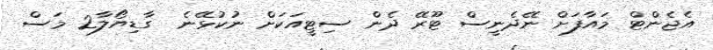
އެޖެންޓް މައާފަށް ނޭދެނީސް ޓޫރޭ ދެން ސިޓީއަކަށް ނުކުޅޭނެ  ގާޑިޔޯލާ2 މަސް